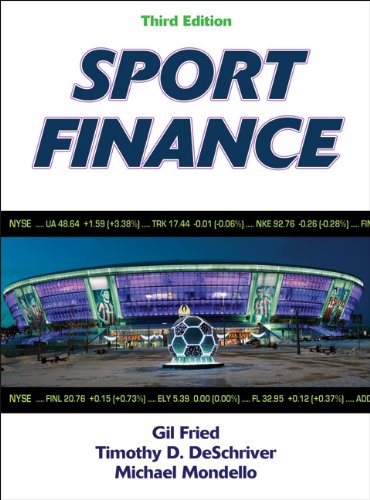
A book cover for Sport Finance-3rd Edition; Gil Fried; Business & Money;